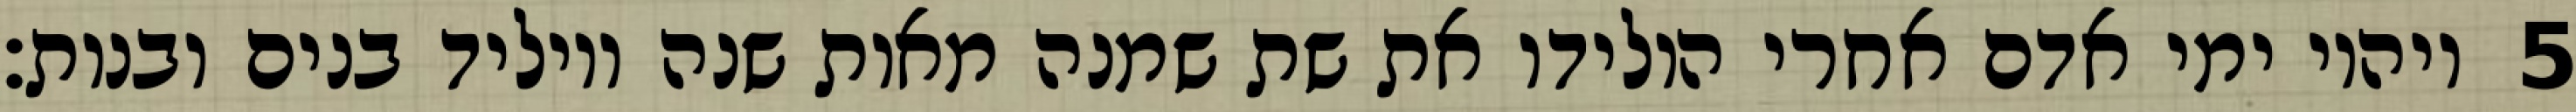
ויהיו ימי אדם אחרי הולידו את שת שמנה מאות שנה ויוליד בנים ובנות׃ ‎5‏